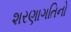
શરણાગતિનો